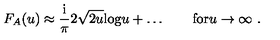
F _ { A } ( u ) \approx { \frac { \mathrm { i } } { \pi } } 2 \sqrt { 2 u } \mathrm { l o g } u + \ldots \qquad \mathrm { f o r } u \to \infty \ .